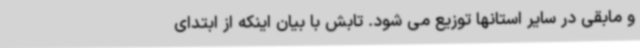
و مابقی در سایر استانها توزیع می شود. تابش با بیان اینکه از ابتدای